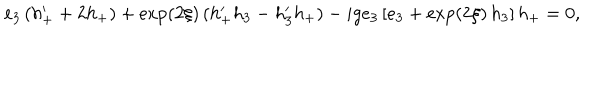
LaTeX: e _ { 3 } \, ( h _ { + } ^ { \prime } + 2 h _ { + } ) + \exp ( 2 \xi ) \, ( h _ { + } ^ { \prime } h _ { 3 } - h _ { 3 } ^ { \prime } h _ { + } ) - i g e _ { 3 } \, [ e _ { 3 } + \exp ( 2 \xi ) \, h _ { 3 } ] \, h _ { + } = 0 ,